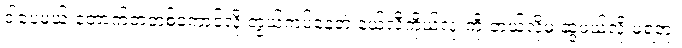
ဒါပေမယ့် တောက်တဲ့တစ်ကောင်လို တွယ်ကပ်နေတဲ့ နယ်လီ့ကိုယ်လုံးကို ဘယ်လိုမှ ဆွဲဖယ်လို့ မရဘူး